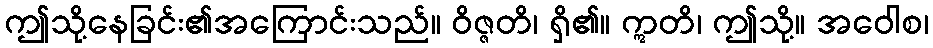
ဤသို့နေခြင်း၏အကြောင်းသည်။ ဝိဇ္ဇတိ၊ ရှိ၏။ ဣတိ၊ ဤသို့။ အဝေါစ၊